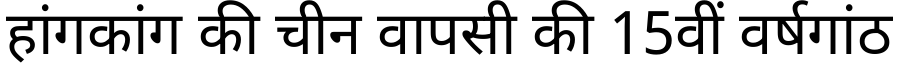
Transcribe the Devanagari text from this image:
हांगकांग की चीन वापसी की 15वीं वर्षगांठ